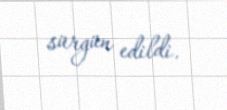
sürgün edildi.